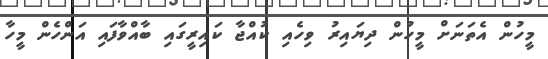
މީހުން އެތަނަށް މީހުން ދިޔައިރު ވިހެއި ކުއްޖާ ކައިރީގައި ބާއްވާފައި އަންހެން މީހާ